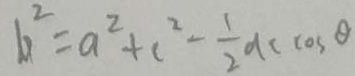
b ^ { 2 } = a ^ { 2 } + c ^ { 2 } - \frac { 1 } { 2 } d c \cos \theta